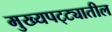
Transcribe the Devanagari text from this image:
मुख्यपट्ट्यातील